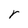
Character: r